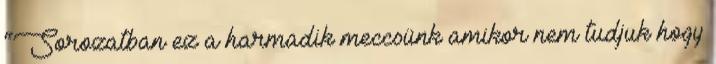
“Sorozatban ez a harmadik meccsünk amikor nem tudjuk hogy